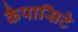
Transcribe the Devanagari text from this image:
कैपासिटे